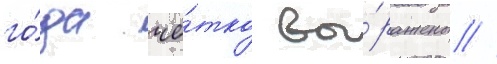
го́да чё́тко вы́ражены //